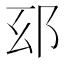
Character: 𨚏